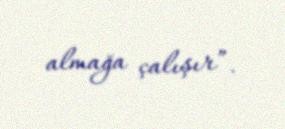
almağa çalışır”.